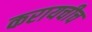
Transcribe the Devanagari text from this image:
करायचीच